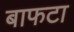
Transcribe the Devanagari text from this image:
बाफटा